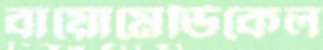
বায়োমেডিকেল